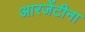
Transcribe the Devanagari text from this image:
आरजेंटीना